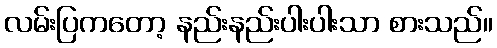
လမ်းပြကတော့ နည်းနည်းပါးပါးသာ စားသည်။